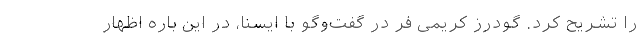
را تشریح کرد. گودرز کریمی فر در گفت‌وگو با ایسنا، در این باره اظهار